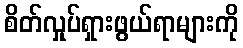
စိတ်လှုပ်ရှားဖွယ်ရာများကို